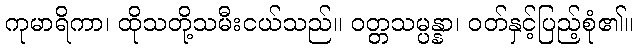
ကုမာရိကာ၊ ထိုသတို့သမီးငယ်သည်။ ဝတ္တသမ္ပန္နာ၊ ဝတ်နှင့်ပြည့်စုံ၏။